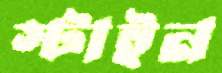
স্টাইন